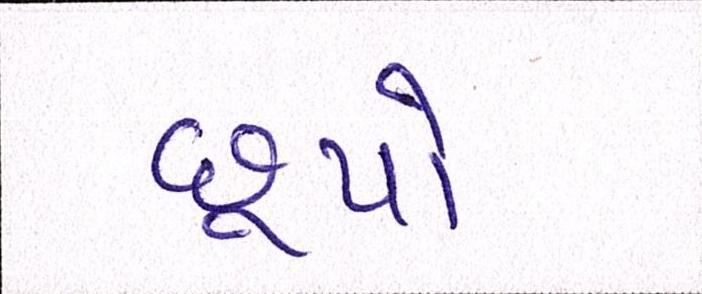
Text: છૂપો